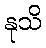
နုသိ